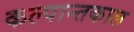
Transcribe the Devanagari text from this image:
कल्पान्तकाल